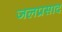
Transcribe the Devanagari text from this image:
जलप्रसाद